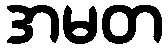
အမတ